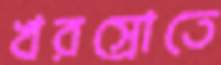
খরস্রোতে